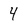
Character: 4